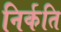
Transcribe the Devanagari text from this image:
निर्कति